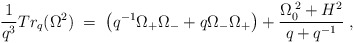
\begin{align*}\frac{1}{q^{3}}Tr_{q}(\Omega^{2}) \; = \;\left( q^{-1}\Omega_{+}\Omega_{-} + q\Omega_{-}\Omega_{+} \right)+ \frac{\Omega^{\;2}_{0} + H^{2}}{q+q^{-1}} \; ,\end{align*}